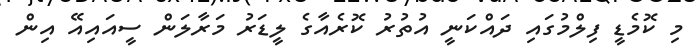
މި ކޮމެޑީ ފިލްމުގައި ދައްކަނީ އުތުރު ކޮރެއާގެ ލީޑަރު މަރާލަން ސީއައިއޭ އިން